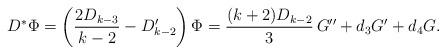
LaTeX: \begin{align*}D^* \Phi = \left( \frac{2 D_{k-3}}{k-2} - D_{k-2}' \right) \Phi =\frac{(k+2) D_{k-2}}3 \, G'' + d_3 G' + d_4 G. \end{align*}